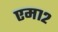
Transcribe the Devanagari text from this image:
एम१२